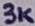
Text: 3K